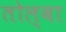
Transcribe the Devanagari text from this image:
तोल्बा